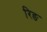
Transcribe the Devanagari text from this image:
रिङ